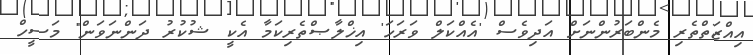
އިއްޒަތްތެރި މެންބަރުންނަށް އަދިވެސް 'އެއްކަލް ވަރަހަ' އިޚްލާޞްތެރިކަމާ އެކީ ޝުކުރު ދަންނަވަން" މަސީހް